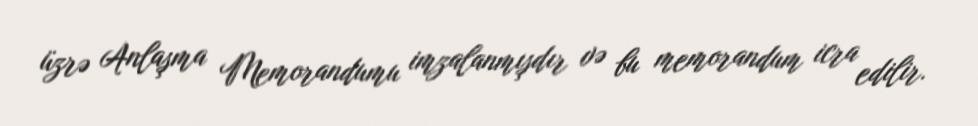
üzrə Anlaşma Memorandumu imzalanmışdır və bu memorandum icra edilir.